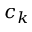
c _ { k }